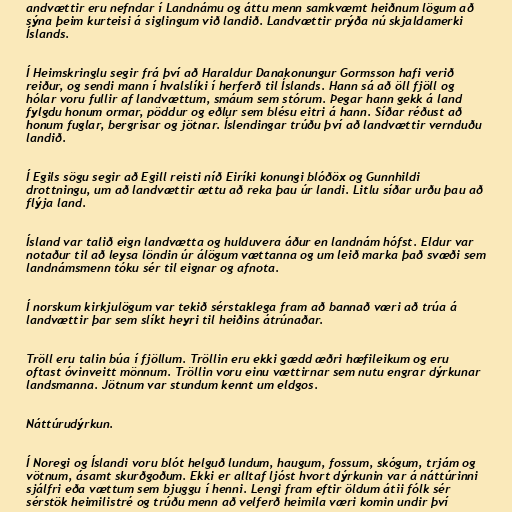
andvættir eru nefndar í Landnámu og áttu menn samkvæmt heiðnum lögum að
sýna þeim kurteisi á siglingum við landið. Landvættir prýða nú skjaldamerki
Íslands.

Í Heimskringlu segir frá því að Haraldur Danakonungur Gormsson hafi verið
reiður, og sendi mann í hvalslíki í herferð til Íslands. Hann sá að öll fjöll og
hólar voru fullir af landvættum, smáum sem stórum. Þegar hann gekk á land
fylgdu honum ormar, pöddur og eðlur sem blésu eitri á hann. Síðar réðust að
honum fuglar, bergrisar og jötnar. Íslendingar trúðu því að landvættir vernduðu
landið.

Í Egils sögu segir að Egill reisti níð Eiríki konungi blóðöx og Gunnhildi
drottningu, um að landvættir ættu að reka þau úr landi. Litlu síðar urðu þau að
flýja land.

Ísland var talið eign landvætta og hulduvera áður en landnám hófst. Eldur var
notaður til að leysa löndin úr álögum vættanna og um leið marka það svæði sem
landnámsmenn tóku sér til eignar og afnota.

Í norskum kirkjulögum var tekið sérstaklega fram að bannað væri að trúa á
landvættir þar sem slíkt heyri til heiðins átrúnaðar.

Tröll eru talin búa í fjöllum. Tröllin eru ekki gædd æðri hæfileikum og eru
oftast óvinveitt mönnum. Tröllin voru einu vættirnar sem nutu engrar dýrkunar
landsmanna. Jötnum var stundum kennt um eldgos.

Náttúrudýrkun.

Í Noregi og Íslandi voru blót helguð lundum, haugum, fossum, skógum, trjám og
vötnum, ásamt skurðgoðum. Ekki er alltaf ljóst hvort dýrkunin var á náttúrinni
sjálfri eða vættum sem bjuggu í henni. Lengi fram eftir öldum átii fólk sér
sérstök heimilistré og trúðu menn að velferð heimila væri komin undir því